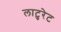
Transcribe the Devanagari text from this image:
लाटुरेट